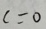
c = 0